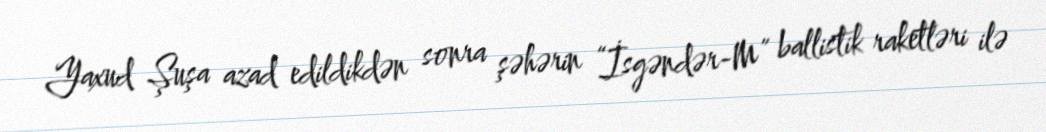
Yaxud Şuşa azad edildikdən sonra şəhərin “İsgəndər-M” ballistik raketləri ilə